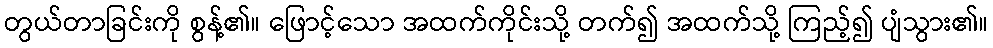
တွယ်တာခြင်းကို စွန့်၏။ ဖြောင့်သော အထက်ကိုင်းသို့ တက်၍ အထက်သို့ ကြည့်၍ ပျံသွား၏။